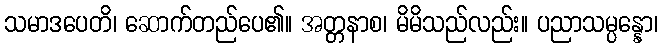
သမာဒပေတိ၊ ဆောက်တည်ပေ၏။ အတ္တနာစ၊ မိမိသည်လည်း။ ပညာသမ္ပန္နော၊